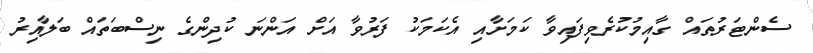
ސެންޓަރުތައް ގާއިމުކުރެވިފައިވާ ކަމަށާއި އެކަމަކު ފަރުވާ އަށް އަންނަ ކުދިންގެ ނިސްބަތައް ބަލާއިރު